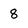
Character: 8